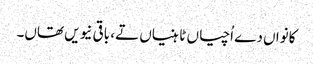
کانواں دے اُچیاں ٹاہنیاں تے، باقی نیویں تھاں۔